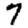
Digit: 7